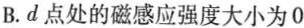
B.d点处的磁感应强度大小为0